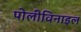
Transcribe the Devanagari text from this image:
पोलीविनाइल